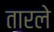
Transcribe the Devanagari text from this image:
तारले